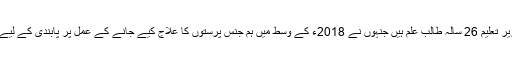
لوکاس ہاریلیک برلن میں زیر تعلیم 26 سالہ طالب علم ہیں جنہوں نے 2018ء کے وسط میں ہم جنس پرستوں کا علاج کیے جانے کے عمل پر پابندی کے لیے ایک پٹیشن کا آغاز کیا تھا۔